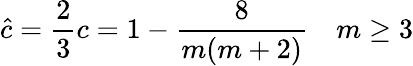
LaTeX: {\hat{c}}={\frac{2}{3}}c=1-{\frac{8}{m(m+2)}}\quad m\geq 3